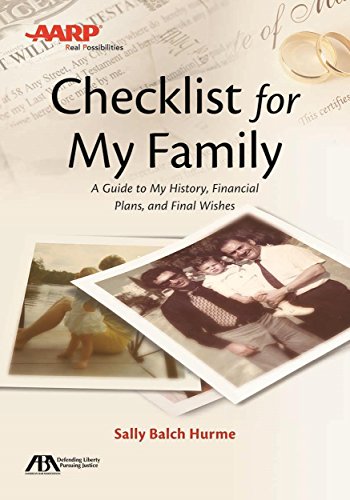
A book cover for ABA/AARP Checklist for My Family: A Guide to My History, Financial Plans and Final Wishes; Sally  Balch Hurme; Self-Help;